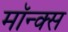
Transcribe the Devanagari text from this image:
मॉन्क्स